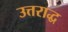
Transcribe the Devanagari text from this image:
उत्तराद्ध